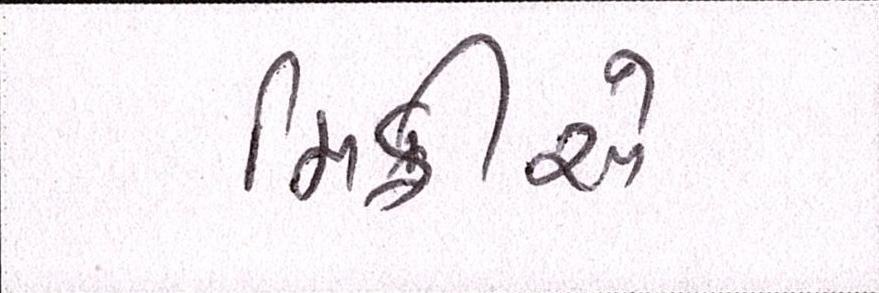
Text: મિક્રીએ